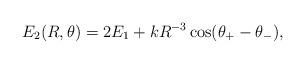
LaTeX: \begin{align*} E_2(R,\theta) = 2E_1 + k R^{-3} \cos(\theta_+ - \theta_-),\end{align*}